Vaccine operations Central Provinces 1900-1911 - 1900-1911
Year: 1900
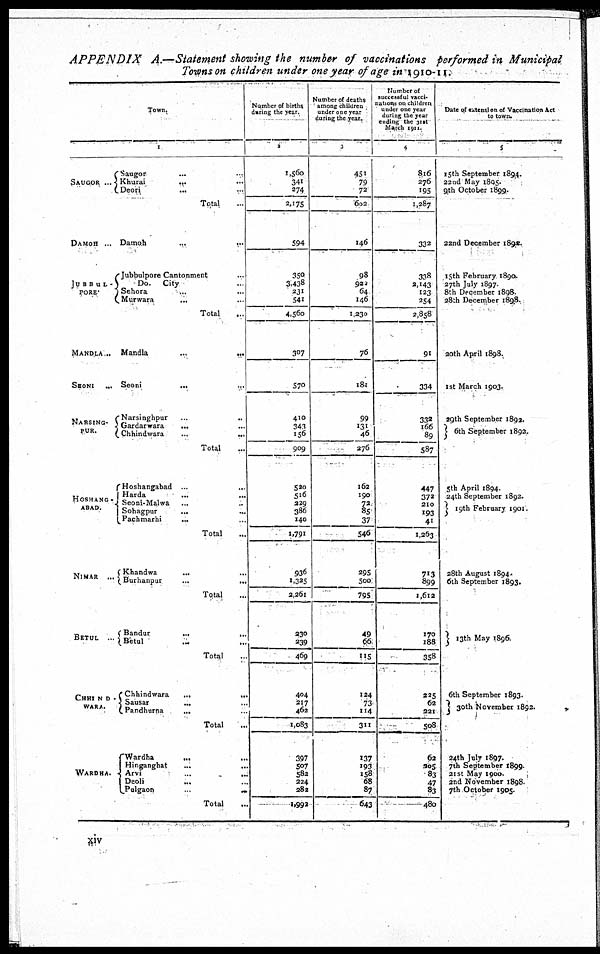
APPENDIX A.—Statement showing the number of vaccinations performed in Municipal
Towns on children under one year of age in 1910-11.
Town.
1
SAUGOR...
DAMOH...
JUBBUL¬
PORE
MANDLA ...
SEONI ...
NARSING¬
PUR.
HOSHANG¬
ABAD.
NIMAR ...
BETUL ...
CHHIND¬
WARA.
WARDHA.
Saugor
... ...
Khurai
...
...
Deori
... ...
Total...
Damoh...
...
Jubbulpore Cantonment ...
Do. City ...
Sehora ... ...
Murwara ... ...
Total ...
Mandla
... ...
Seoni
... ...
Narsinghpur
...
...
Gardarwara
... ...
Chhindwara ... ...
Total ...
Hoshangabad ...
...
Harda ... ...
Seoni-Malwa ... ...
Sohagpur
...
...
Pachmarhi ... ...
Total ...
Khandwa
...
...
Burhanpur
...
...
Total ...
Bandur
... ...
Betul ... ...
Total ...
Chhindwara
...
...
Sausar
... ...
Pandhurna
... ...
Total ...
Wardha ... ...
Hinganghat
...
...
Arvi ... ...
Deoli ... ...
Pulgaon
...
...
Total ...
Number of births
during the year.
2
1,560
341
274
2,175
594
350
3,438
231
541
4,560
307
570
410
343
156
909
520
516
229
386
140
1,791
936
1,325
2,261
230
239
469
404
217
462
1,083
397
507
582
224
282
1,992
Number of deaths
among children
under one year
during the year.
3
451
79
72
602
146
98
922
64
146
1,230
76
181
99
131
46
276
162
190
72
85
37
546
295
500
795
49
66
115
124
73
114
311
137
193
158
68
87
643
Number of
successful Vacci¬
nations on children
under one year
during the year
ending the 31st
March 1911.
4
816
276
195
1,287
332
338
2,143
123
254
2,858
91
334
332
166
89
587
447
372
210
193
41
1,263
713
899
1,612
170
188
358
225
62
221
508
62
205
83
47
83
480
Date of extension of Vaccination Act
to town.
5
15th September 1894.
22nd May 1895.
9th October 1899.
22nd December 1892.
15th February 1890.
27th July 1897.
8th December 1898.
28th December 1898.
20th April 1898.
1st March 1903.
29th September 1892.
6th September 1892.
5th April 1894.
24th September 1892.
19th February 1901.
28th August 1894.
6th September 1893.
13th May 1896.
6th September 1893.
30th November 1892.
24th July 1897.
7th September 1899.
21st May 1900.
2nd November 1898.
7th October 1905.
xiv